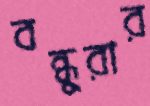
বন্ধুরার